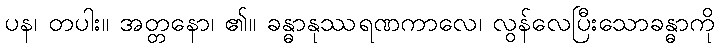
ပန၊ တပါး။ အတ္တနော၊ ၏။ ခန္ဓာနုဿရဏကာလေ၊ လွန်လေပြီးသောခန္ဓာကို